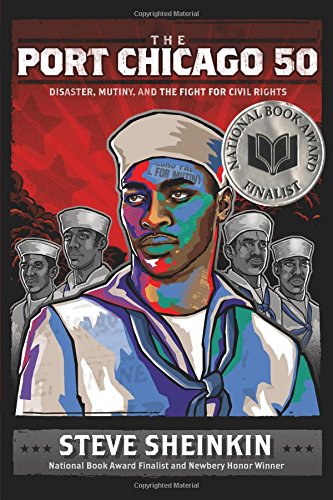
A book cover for The Port Chicago 50: Disaster, Mutiny, and the Fight for Civil Rights; Steve Sheinkin; Children's Books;